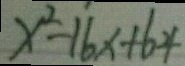
x ^ { 2 } - 1 6 x + 6 4